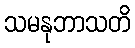
သမနုဘာသတိ